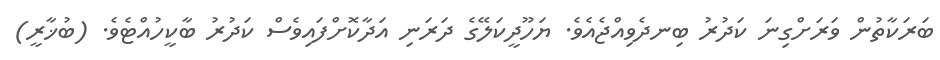
ބަރަކާތުން ވަރަށްގިނަ ކަދުރު ބިނދެވިއްޖެއެވެ. ޔަހޫދީކަލޭގެ ދަރަނި އަދާކޮށްފައިވެސް ކަދުރު ބާކީހުއްޓެވެ. (ބުޚާރީ)